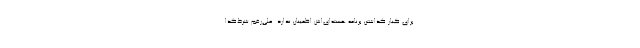
برای کنار گذاشتن برنامه هسته‌ای‌اش اطمینان ندارد. علی‌رغم شرط‌گذا